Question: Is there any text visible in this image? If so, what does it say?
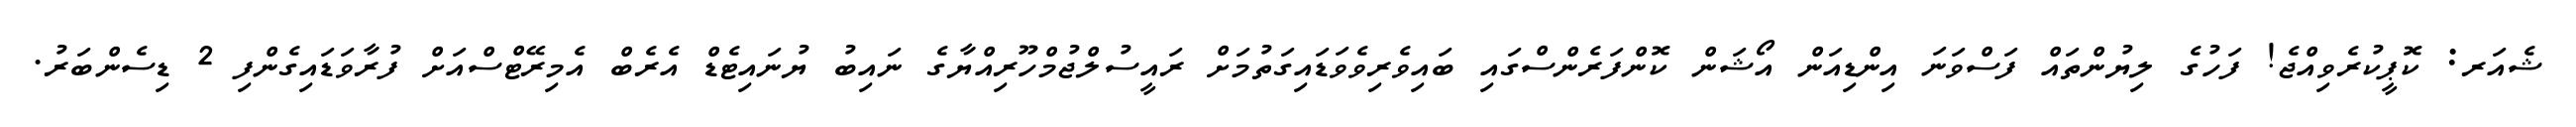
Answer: ޝެއަރ: ކޮޕީކުރެވިއްޖެ! ފަހުގެ ލިޔުންތައް ފަސްވަނަ އިންޑިއަން އޯޝަން ކޮންފަރެންސްގައި ބައިވެރިވެވަޑައިގަތުމަށް ރައީސުލްޖުމްހޫރިއްޔާގެ ނައިބު ޔުނައިޓެޑް އެރެބް އެމިރޭޓްސްއަށް ފުރާވަޑައިގެންފި 2 ޑިސެންބަރު.